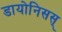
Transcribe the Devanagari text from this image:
डायोनिसस्